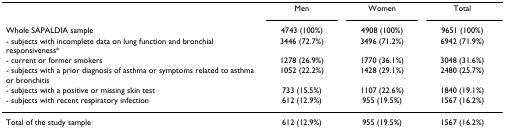
<table><thead><tr><td></td><td><b>Men</b></td><td><b>Women</b></td><td><b>Total</b></td></tr><tr><td><b>Whole SAPALDIA sample</b></td><td><b>4743 (100%)</b></td><td><b>4908 (100%)</b></td><td><b>9651 (100%)</b></td></tr><tr><td><b>- subjects with incomplete data on lung function and bronchial responsiveness*</b></td><td><b>3446 (72.7%)</b></td><td><b>3496 (71.2%)</b></td><td><b>6942 (71.9%)</b></td></tr><tr><td><b>- current or former smokers</b></td><td><b>1278 (26.9%)</b></td><td><b>1770 (36.1%)</b></td><td><b>3048 (31.6%)</b></td></tr><tr><td><b>- subjects with a prior diagnosis of asthma or symptoms related to asthma or bronchitis</b></td><td><b>1052 (22.2%)</b></td><td><b>1428 (29.1%)</b></td><td><b>2480 (25.7%)</b></td></tr><tr><td><b>- subjects with a positive or missing skin test</b></td><td><b>733 (15.5%)</b></td><td><b>1107 (22.6%)</b></td><td><b>1840 (19.1%)</b></td></tr><tr><td><b>- subjects with recent respiratory infection</b></td><td><b>612 (12.9%)</b></td><td><b>955 (19.5%)</b></td><td><b>1567 (16.2%)</b></td></tr></thead><tbody><tr><td>Total of the study sample</td><td>612 (12.9%)</td><td>955 (19.5%)</td><td>1567 (16.2%)</td></tr></tbody></table>